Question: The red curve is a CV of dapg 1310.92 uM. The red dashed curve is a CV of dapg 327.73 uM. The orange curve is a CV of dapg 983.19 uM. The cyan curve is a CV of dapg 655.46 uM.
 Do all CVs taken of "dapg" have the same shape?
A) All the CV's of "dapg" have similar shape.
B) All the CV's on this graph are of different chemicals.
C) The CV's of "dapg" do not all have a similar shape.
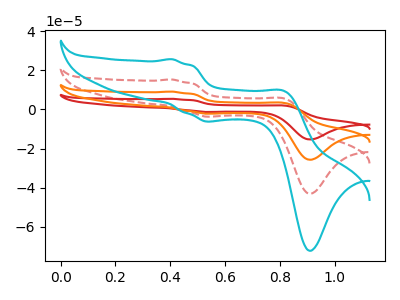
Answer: <think>The red curve "dapg 1310.92 uM" has anodic peaks at (0.40V, 46.00uA) (0.80V, 16.30uA) and cathodic peaks at (0.55V, -11.05uA) (0.90V, -129.35uA). The red dashed curve "dapg 327.73 uM" has anodic peaks at (0.40V, 15.35uA) (0.80V, 5.45uA) and cathodic peaks at (0.55V, -3.70uA) (0.90V, -43.10uA). The orange curve "dapg 983.19 uM" has anodic peaks at (0.40V, 30.65uA) (0.80V, 10.90uA) and cathodic peaks at (0.55V, -7.35uA) (0.90V, -86.25uA). The cyan curve "dapg 655.46 uM" has anodic peaks at (0.40V, 25.70uA) (0.80V, 9.10uA) and cathodic peaks at (0.55V, -6.15uA) (0.90V, -72.30uA).
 All the peaks in "dapg 1310.92 uM" have a peak in "dapg 327.73 uM" at the same potential. Every peak in "dapg 1310.92 uM" is higher than every peak in "dapg 327.73 uM". All the peaks in "dapg 1310.92 uM" have a peak in "dapg 983.19 uM" at the same potential. Every peak in "dapg 1310.92 uM" is higher than every peak in "dapg 983.19 uM". All the peaks in "dapg 1310.92 uM" have a peak in "dapg 655.46 uM" at the same potential. Every peak in "dapg 1310.92 uM" is higher than every peak in "dapg 655.46 uM". All the peaks in "dapg 327.73 uM" have a peak in "dapg 983.19 uM" at the same potential. Every peak in "dapg 327.73 uM" is lower than every peak in "dapg 983.19 uM". All the peaks in "dapg 327.73 uM" have a peak in "dapg 655.46 uM" at the same potential. Every peak in "dapg 327.73 uM" is lower than every peak in "dapg 655.46 uM". All the peaks in "dapg 983.19 uM" have a peak in "dapg 655.46 uM" at the same potential. Every peak in "dapg 983.19 uM" is higher than every peak in "dapg 655.46 uM".</think>
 <answer>A) All the CV's of "dapg" have similar shape.</answer>
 <eval>A</eval>